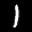
Label: 1